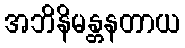
အဘိနိမန္တနတာယ